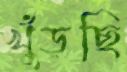
খুঁড়ছি